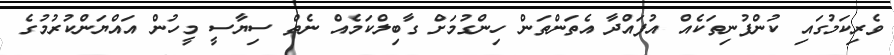
ވެރިކަމުގައި ކުންފުނިތަކެއް އުފައްދާ އެތަންތަން ހިންގުމަށް ގާބިލްކަމެއް ނެތް ސިޔާސީ މީހުން އައްޔަންކުރުމުގެ